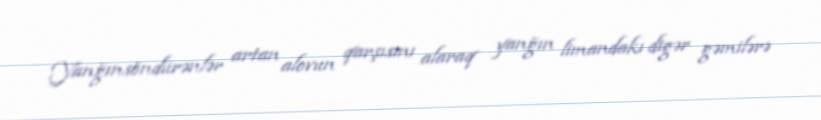
Yanğınsöndürənlər artan alovun qarşısını alaraq yanğın limandakı digər gəmilərə